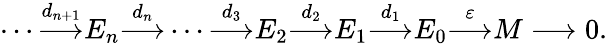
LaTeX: \cdots{\overset{d_{n+1}}{\longrightarrow}}E_{n}{\overset{d_{n}}{\longrightarrow}}\cdots{\overset{d_{3}}{\longrightarrow}}E_{2}{\overset{d_{2}}{\longrightarrow}}E_{1}{\overset{d_{1}}{\longrightarrow}}E_{0}{\overset{\varepsilon}{\longrightarrow}}M\longrightarrow 0.